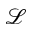
\mathcal { L }